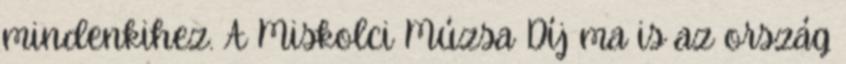
mindenkihez. A Miskolci Múzsa Díj ma is az ország